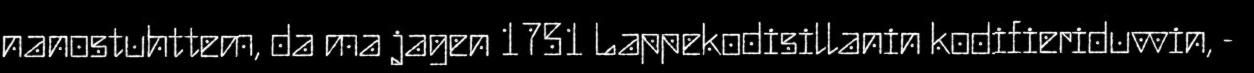
nanostuhttem, da ma jagen 1751 Lappekodisillanin kodifieriduvvin, -